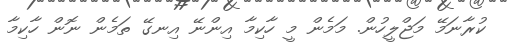
ކުރާނަމޭ މަޖްލީހުން. މަމެން މީ ހާކިމާ އިންނޭ އިނގޭ ތަމެން ނޮން ހާކިމާ